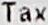
TAX